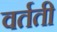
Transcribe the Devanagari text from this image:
वर्तती